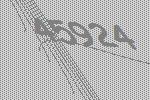
45924